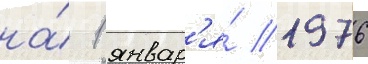
на́ 1 январ'я́ 1976